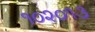
૧૦૨૦૧૩